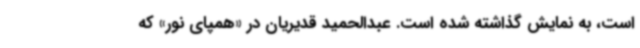
است، به نمایش گذاشته شده است. عبدالحمید قدیریان در «همپای نور» که